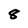
Character: 8